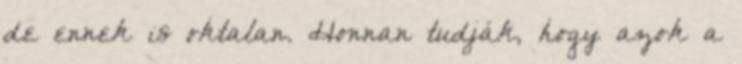
de ennek is oktalan. Honnan tudják, hogy azok a